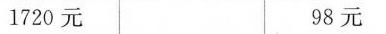
1720元 98元